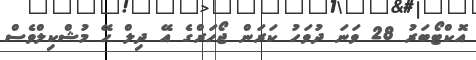
އޮކްޓޯބަރު 28 ވަނަ ދުވަހު ކަރަން ޖޯހަރްގެ އޭ ދިލް ހޭ މުޝްކިލްވެސް